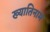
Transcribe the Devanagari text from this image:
ख्यातिनाम